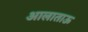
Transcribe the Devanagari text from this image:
आलाताऊ